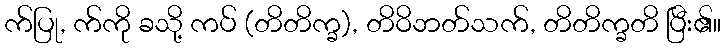
က်ပြု, က်ကို ခသို့ ကပ် (တိတိက္ခ), တိဝိဘတ်သက်, တိတိက္ခတိ ပြီး၏။